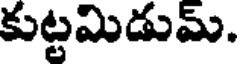
కుట్టమిడుమ్.